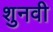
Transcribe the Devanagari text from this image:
शुनवी